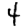
Digit: 4